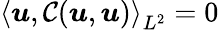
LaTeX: \left<\boldsymbol{u},\mathcal{C}(\boldsymbol{u},\boldsymbol{u})\right>_{L^{2}}=0